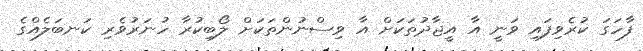
ފާހަގަ ކުރެވިފައި ވަނީ އާ އީޖާދުތަކަށް އާ ވިސްނުންތަކަށް ލޯބިކުރާ ހުނަރުވެރި ކަނބަލެއްގެ